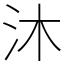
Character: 沐